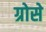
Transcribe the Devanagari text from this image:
ग्रोसे